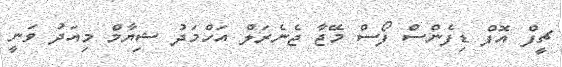
ޗީފް އޮފް ޑިފެންސް ފޯސް މޭޖާ ޖެނެރަލް އަހްމަދު ޝިޔާމް މިއަދު ވަނީ